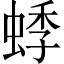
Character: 𬠓